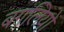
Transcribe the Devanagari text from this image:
बगलियों